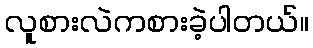
လူစားလဲကစားခဲ့ပါတယ်။